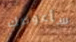
سأعوضك